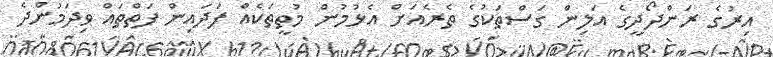
އިރުގެ ރަންދޯދީގެ އަލިން ގަސްތަކުގެ ތެރެއަށް އެޅުމުން މުތީތަކެއް ފަދައިން ފަތްތައް ވިދަމުންދެ